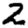
Digit: 2